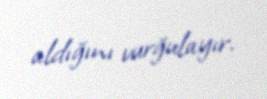
aldığını vurğulayır.